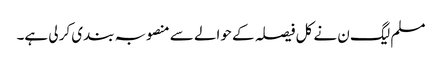
مسلم لیگ ن نے کل فیصلہ کے حوالے سے منصوبہ بندی کر لی ہے۔